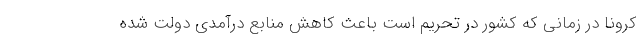
کرونا در زمانی که کشور در تحریم است باعث کاهش منابع درآمدی دولت شده